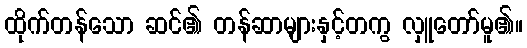
ထိုက်တန်သော ဆင်၏ တန်ဆာများနှင့်တကွ လှူတော်မူ၏။